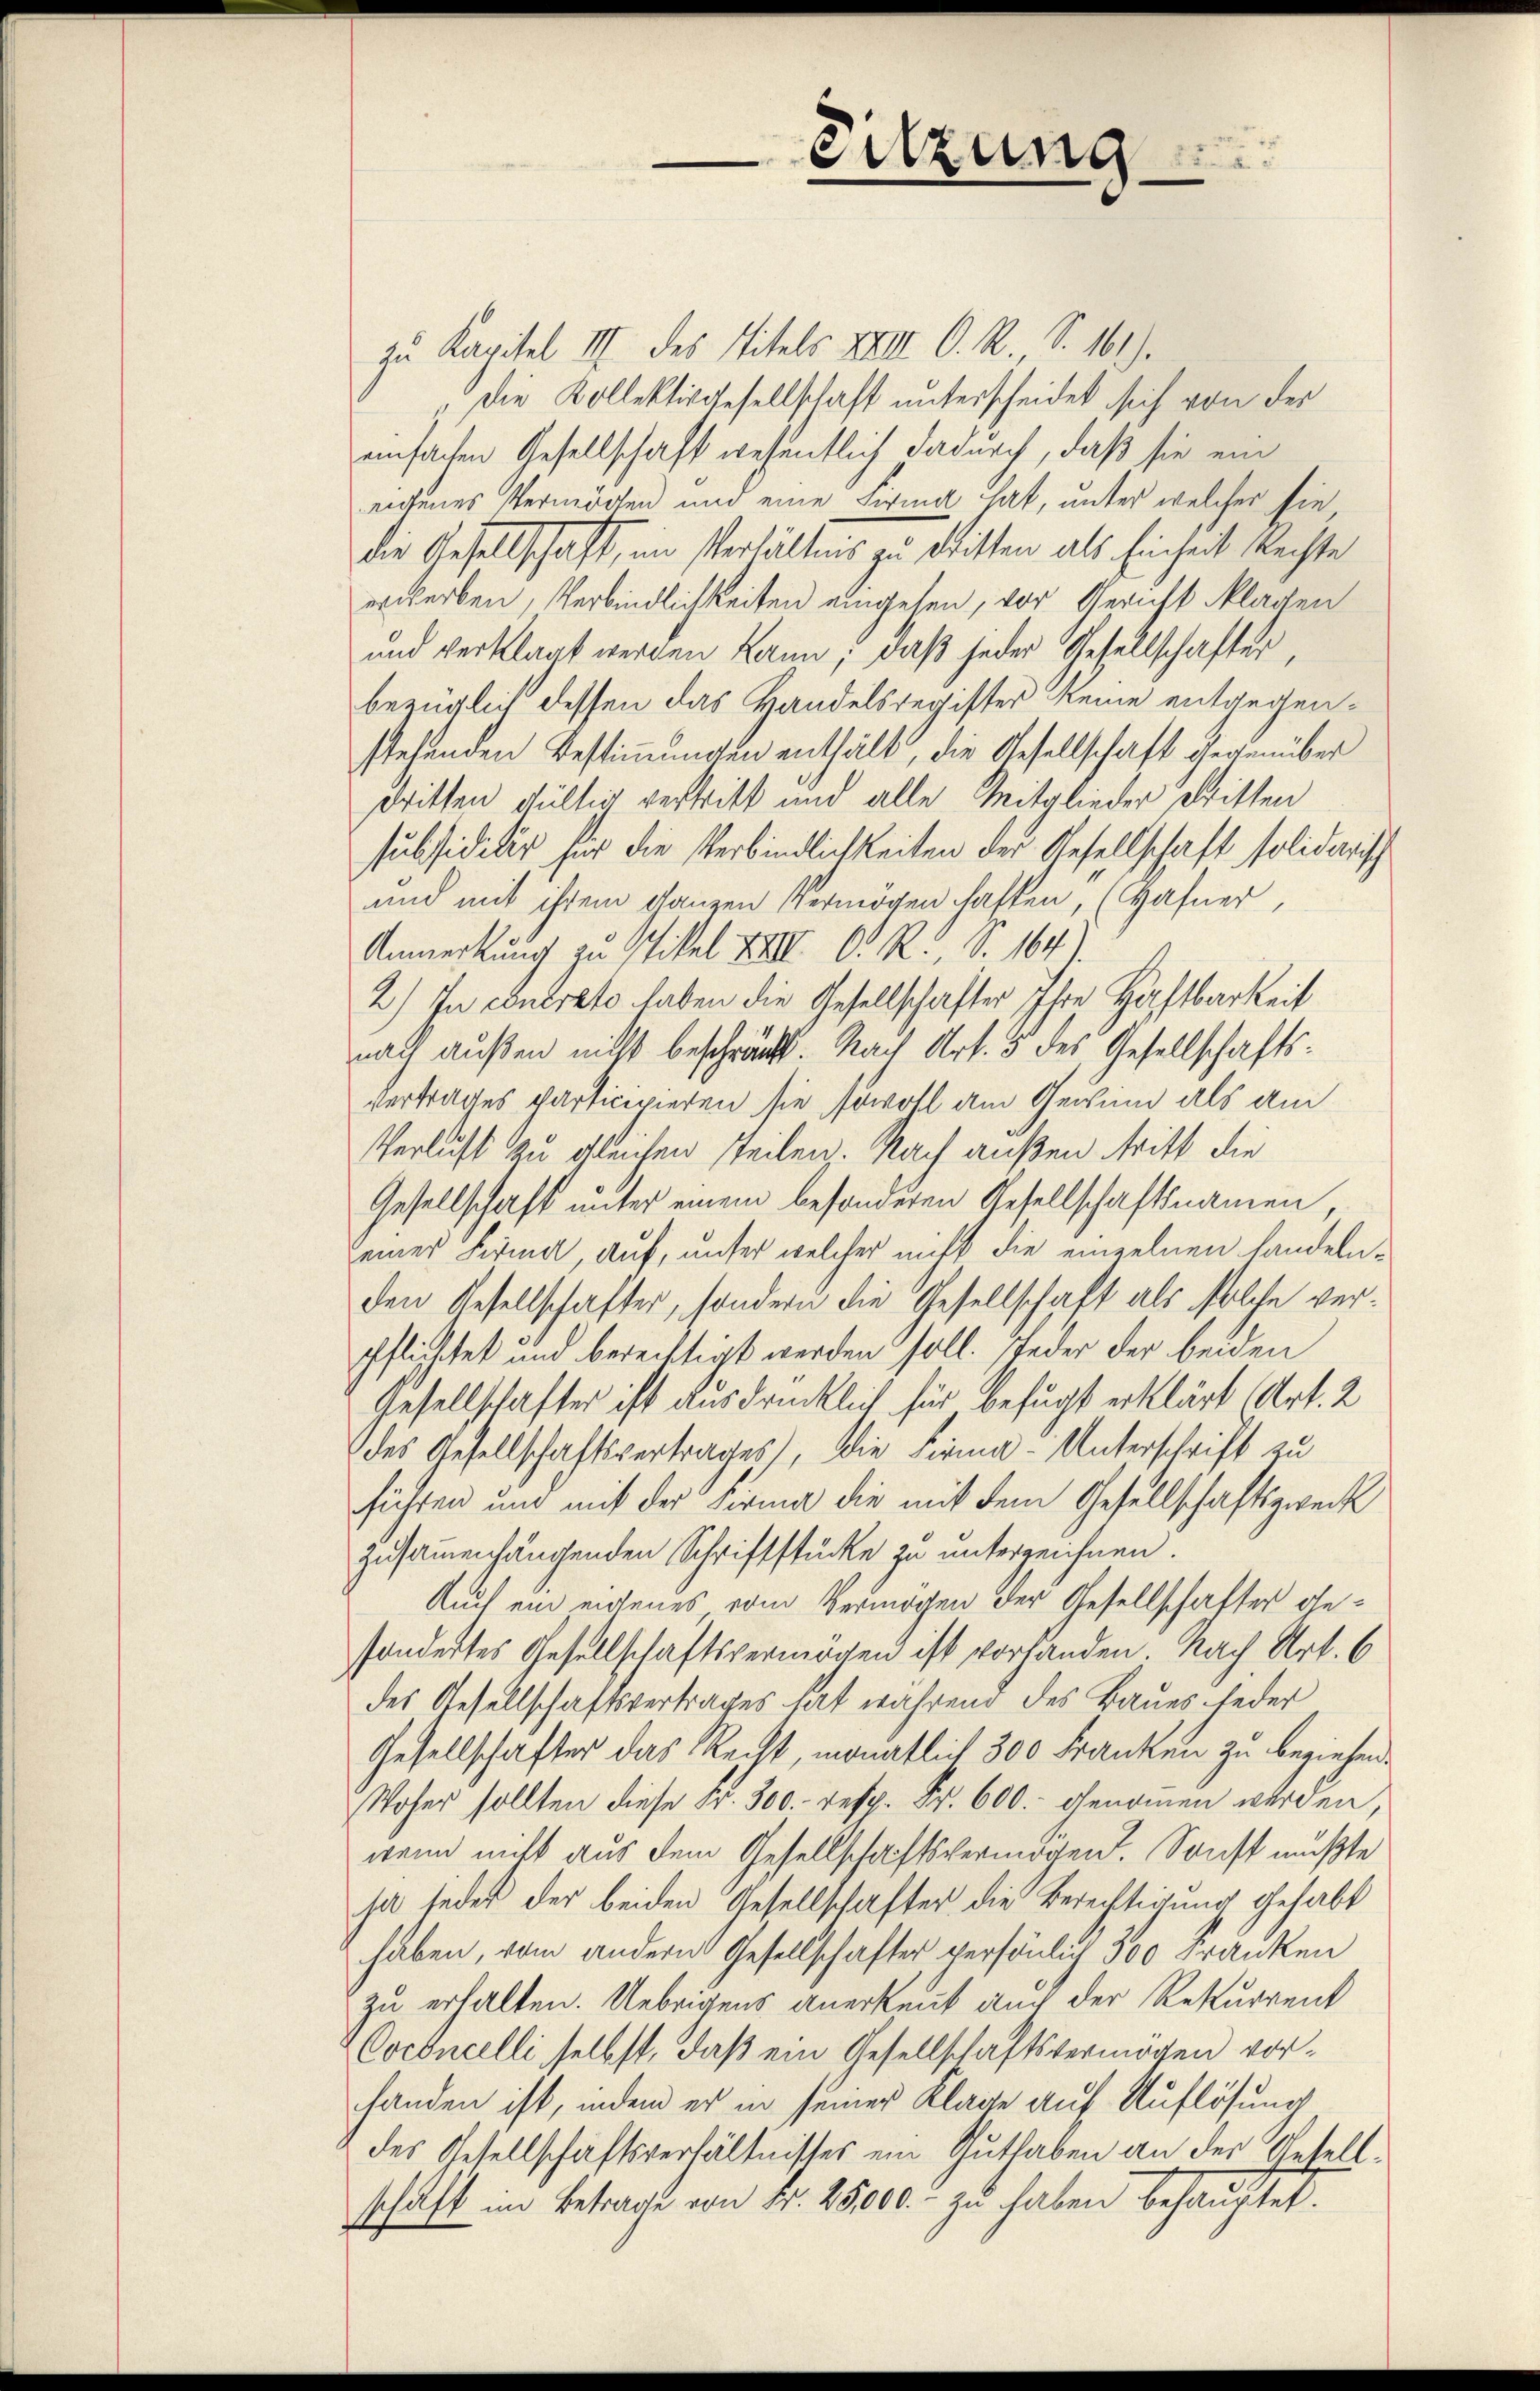
Sitzung

zu Kapitel III des Titels XXIII. C. R. S. 161).
„Die Kollektivgesellschaft unterscheidet sich von der
einfachen Gesellschaft wesentlich dadurch, daß sie ein
eigenes Vermögen und eine Firma hat, unter welcher sie
die Gesellschaft, im Verhältnis zu Witten als Einheit Rechte
erwerben, Verbindlichkeiten eingesen, vor Gericht klagen
und verklagt werden kann; daß jeder Gesellschafter,
bezüglich dessen das Handelsregister keine entgegenstehenden Bestimmungen enthält, die Gesellschaft gegenüber
dritten gültig vertritt und alle Mitglieder dritten
subsiditur für die Verbindlichkeiten der Gesellschaft solidarisch
und mit ihrem ganzen Vermögen haften, (Hafner,
Anmerkung zu stikel XIII. C. R., S. 164).
2.) In einerato haben die Gesellschafter Ihre Haftbarkeit
nach außen nicht beschränkt. Nach Art. 5 des Gesellschaftsvertrages participieren sie sowohl am Gewind als am
Verlust zu gleichen steilen. Nach außen tritt die
Gesellschaft unter einem besonderen Gesellschaftsnamen,
seiner Firmal auf, unter welcher nicht die einzelnen handelnden Resellschafter, sondern die Gesellschaft als solche verpflichtet und berechtigt werden soll. Jeder der beiden
Gesellschaftes ist ausdrücklich für befugt erklärt Art. 2
des Gesellschaftsvertrages), die Firma-Unterschrift zu
süchten und mit der Firma die mit dem Gesellschaftszweck
zusammenhängenden Schriftstücke zu unterzeichnen.
Auch ein eigenes vom Vermögen der Gesellschafter desondertes Gesellschaftsvermögen ist vorhanden. Nach Art. 6
des Gesellschaftsvertrages hat während des Baues jeder
Gesellschafter das Recht, monatlich 300 Franken zu beziehend.
Woher sollten diese Fr. 300. resp. Fr. 600.- genommen werden,
wenn nicht aus dem Gesellschaftsvermögen. Sonst mußte
ja jedes der beiden Gesellschafter die Berechtigung gehabt
haben, vom andern Gesellschafter persönlich 300 Franken
zu erhalten. Uebrigens anerkennt auch der Rekurrent
Coconcelli selbst, daß ein Gesellschaftsvermögen vorhanden ist, indem er in seiner Klage auf Auflösung
des Gesellschaftsverhältnisses ein Guthaben an der Gesellschaft im Betrage von Fr. 25000.- zu haben behauptet.